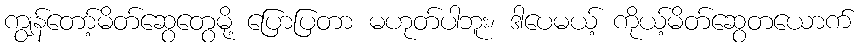
ကျွန်တော့်မိတ်ဆွေတွေမို့ ပြောပြတာ မဟုတ်ပါဘူး၊ ဒါပေမယ့် ကိုယ့်မိတ်ဆွေတယောက်